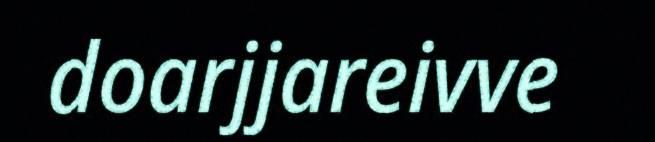
doarjjareivve